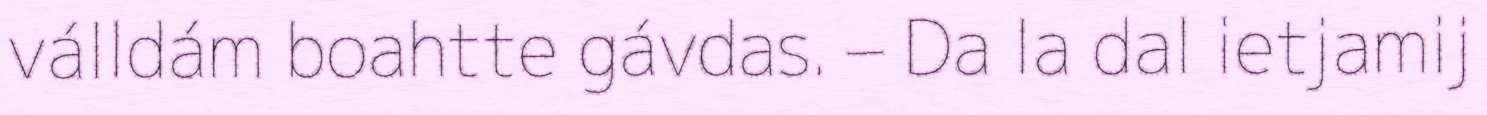
válldám boahtte gávdas. – Da la dal ietjamij